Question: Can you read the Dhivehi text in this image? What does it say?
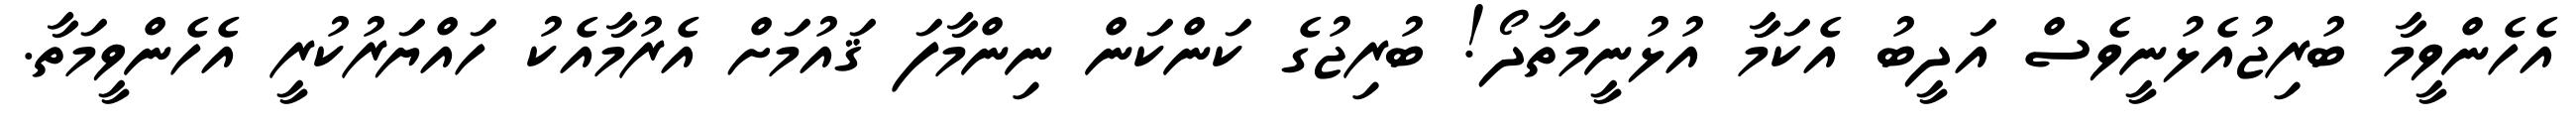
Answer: އެހެންވީމާ ބުރިޖުއެޅުނީވެސް އަދީބު އެކަމާ އުޅުނީމަތާދޯ! ބުރިޖުގެ ކަންކަން ނިންމާފަ ޤައުމަށް އެރުމާއެކު ހައްޔަރުކުރީ އެހެންވީމަތާ.